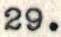
29.